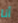
أنا